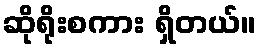
ဆိုရိုးစကား ရှိတယ်။